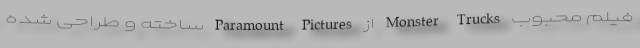
فیلم محبوب Monster Trucks از Paramount Pictures ساخته و طراحی شده